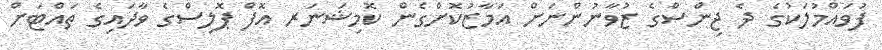
ފުވައްމުލަކުގެ ދެ ޖިންސްގެ ޒުވާނުންނަށް އަމާޒުކޮށްގެން ކޮމިޝަނަރ އޮފް ޕޮލިސްގެ ވާދައިގެ ތައްޓަށް